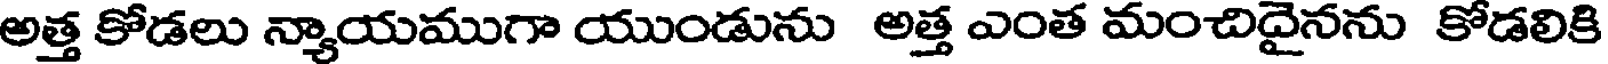
అత్త కోడలు న్యాయముగా యుండును అత్త ఎంత మంచిదైనను కోడలికి